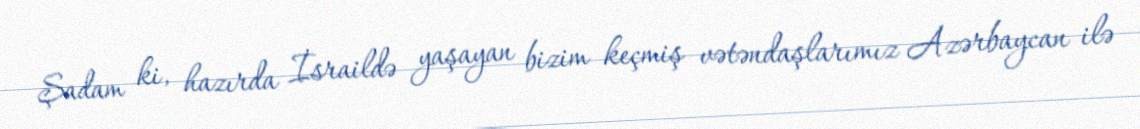
Şadam ki, hazırda İsraildə yaşayan bizim keçmiş vətəndaşlarımız Azərbaycan ilə